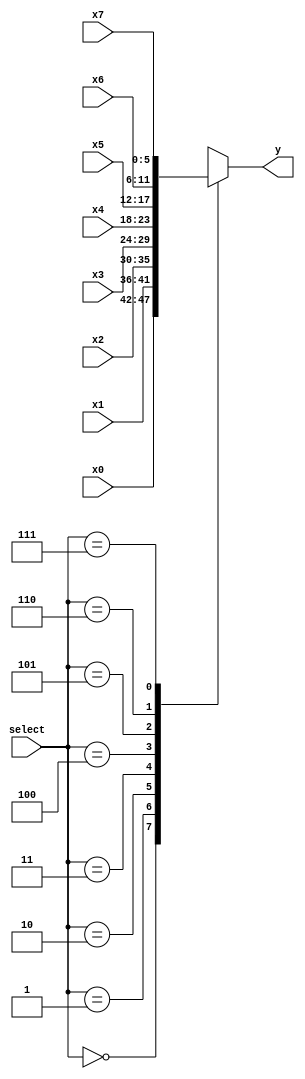
`timescale 1ns / 1ps
//////////////////////////////////////////////////////////////////////////////////
// Company: 
// Engineer: 
// 
// Design Name: 
// Module Name: mux_8x1_nbit
// Project Name: 
// Target Devices: 
// Tool Versions: 
// Description: 
// 
// Dependencies: 
// 
// Revision:
// Revision 0.01 - File Created
// Additional Comments:
// 
//////////////////////////////////////////////////////////////////////////////////


module mux_8x1_nbit
    #(parameter n = 6)(
    input [n - 1:0] x0, x1, x2, x3, x4, x5, x6, x7,
    input [2:0] select,
    output reg [n - 1:0] y
    );
    
    always @(*)
    begin
        case(select)
            3'd0: y = x0;
            3'd1: y = x1;
            3'd2: y = x2;
            3'd3: y = x3;
            3'd4: y = x4;
            3'd5: y = x5;
            3'd6: y = x6;
            3'd7: y = x7;
            default: y = 'bx;
        endcase
    end
endmodule